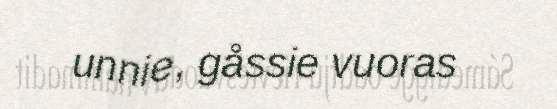
unnie, gåssie vuoras